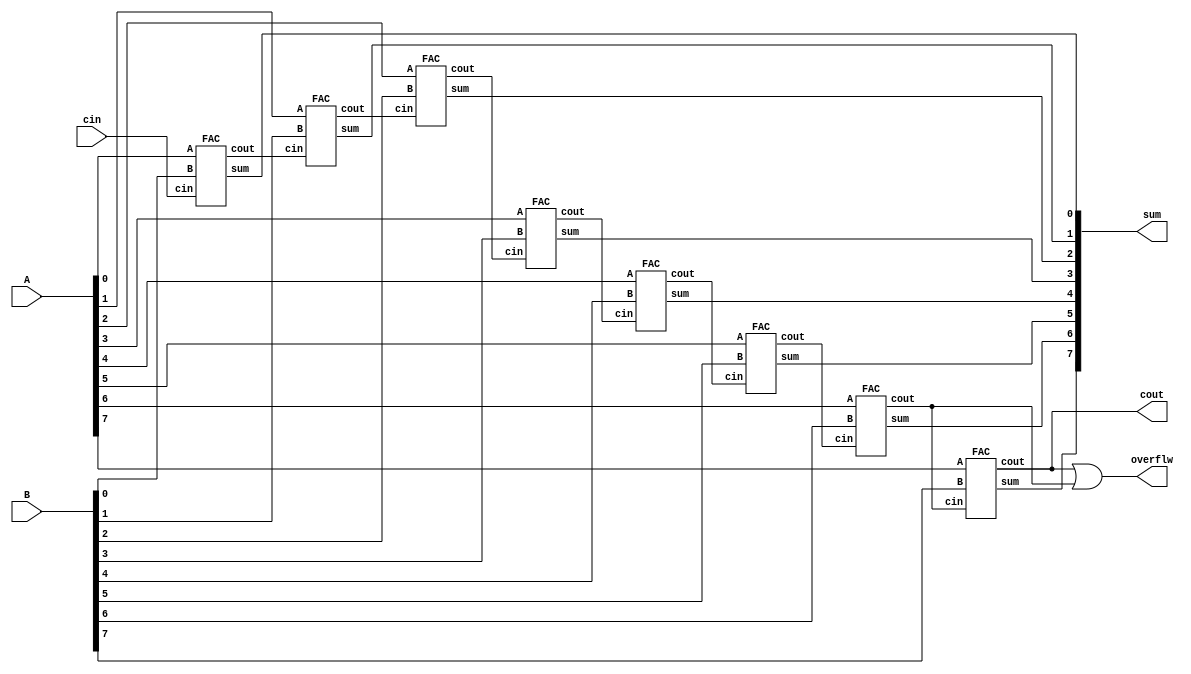
module RCA(
  input[7:0] A,
  input[7:0] B,
  input cin,
  output[7:0] sum,
  output cout,
  output overflw
);

wire [7:0] carry;

FAC FA0 (.A(A[0]), .B(B[0]), .cin(cin), .sum(sum[0]), .cout(carry[0]));
FAC FA1 (.A(A[1]), .B(B[1]), .cin(carry[0]), .sum(sum[1]), .cout(carry[1]));
FAC FA2 (.A(A[2]), .B(B[2]), .cin(carry[1]), .sum(sum[2]), .cout(carry[2]));
FAC FA3 (.A(A[3]), .B(B[3]), .cin(carry[2]), .sum(sum[3]), .cout(carry[3]));
FAC FA4 (.A(A[4]), .B(B[4]), .cin(carry[3]), .sum(sum[4]), .cout(carry[4]));
FAC FA5 (.A(A[5]), .B(B[5]), .cin(carry[4]), .sum(sum[5]), .cout(carry[5]));
FAC FA6 (.A(A[6]), .B(B[6]), .cin(carry[5]), .sum(sum[6]), .cout(carry[6]));
FAC FA7 (.A(A[7]), .B(B[7]), .cin(carry[6]), .sum(sum[7]), .cout(cout));
assign overflw=cout | carry[6];
endmodule

//==========================================================================

module FAC(
  input A,
  input B,
  input cin,
  output sum,
  output cout
);
assign sum = A ^ B ^ cin;
assign cout = (A & B) | (A & cin) | (B & cin);
endmodule

//==========================================================================

module RCA_Star(
  input[7:0] A,
  input[7:0] B,
  input cin,
  output[7:0] sum,
  output cout,
  output pi
);

wire[7:0] propagate;
wire[7:0] carry;

FAC_Star FAS0 (.A(A[0]), .B(B[0]), .cin(cin), .sum(sum[0]), .cout(carry[0]), .pi(propagate[0]));
FAC_Star FAS1 (.A(A[1]), .B(B[1]), .cin(carry[0]), .sum(sum[1]), .cout(carry[1]), .pi(propagate[1]));
FAC_Star FAS2 (.A(A[2]), .B(B[2]), .cin(carry[1]), .sum(sum[2]), .cout(carry[2]), .pi(propagate[2]));
FAC_Star FAS3 (.A(A[3]), .B(B[3]), .cin(carry[2]), .sum(sum[3]), .cout(carry[3]), .pi(propagate[3]));
FAC_Star FAS4 (.A(A[4]), .B(B[4]), .cin(carry[3]), .sum(sum[4]), .cout(carry[4]), .pi(propagate[4]));
FAC_Star FAS5 (.A(A[5]), .B(B[5]), .cin(carry[4]), .sum(sum[5]), .cout(carry[5]), .pi(propagate[5]));
FAC_Star FAS6 (.A(A[6]), .B(B[6]), .cin(carry[5]), .sum(sum[6]), .cout(carry[6]), .pi(propagate[6]));
FAC_Star FAS7 (.A(A[7]), .B(B[7]), .cin(carry[6]), .sum(sum[7]), .cout(cout), .pi(propagate[7]));

assign pi = propagate[0] & propagate[1] & propagate[2] & propagate[3] & propagate[4] & propagate[5] & propagate[6] & propagate[7];
endmodule

//==========================================================================

module FAC_Star(
  input A,
  input B,
  input cin,
  output sum,
  output cout,
  output pi
  );
  
  assign sum = A ^ B ^ cin;
  assign cout = (A & B) | (A & cin) | (B & cin);
  assign pi =A | B;
endmodule

//==========================================================================

module makeXor #(
    parameter WIDTH = 32 
)(
    input [WIDTH-1:0] a,
    input b,
    output [WIDTH-1:0] aXor
);

// Internal wire for the result of the XOR operation
wire [WIDTH-1:0] temp_aXor;
//assign aXor={WIDTH{1'd0}};

// Perform XOR operation between each bit of 'a' and 'b'
genvar i;
generate
    for (i = 0; i < WIDTH; i = i + 1) begin : XOR_loop
        assign temp_aXor[i] = a[i] ^ b;
    end
endgenerate

// Assign the result to the output
assign aXor = temp_aXor;
endmodule

//==========================================================================

module CSkA(
    //va trebui 1.x[32],y[32]-->sum[67](adunare)  2.x[33],y[33]-->sum[33](impartire)  3.x[34],y[34]-->sum[34](inmultire)
    input [31:0] 	X,
    input [31:0] 	Y,
    input [32:0] 	X2,
    input [32:0] 	Y2,
    input [33:0] 	X3,
    input [33:0] 	Y3, 
    input 	cin,
    output 	cout,
    output 	cout2,
    output 	cout3,
    output [66:0] sum,
    output [32:0] sum2,
  output [33:0] sum3,
  output suff
);
// Declaration of wires
wire [31:0] Y_xor_cin;
wire [32:0] Y2_xor_cin;
wire [33:0] Y3_xor_cin;
wire ovrflw;

makeXor #(.WIDTH(32)) xor1 (.a(Y), .b(cin), .aXor(Y_xor_cin));
makeXor #(.WIDTH(33)) xor2 (.a(Y2), .b(cin), .aXor(Y2_xor_cin));
makeXor #(.WIDTH(34)) xor3 (.a(Y3), .b(cin), .aXor(Y3_xor_cin));


//pt 32b
wire [2:0] carry;
wire Propagate1,Propagate2;

RCA RCA0(.A(X[7:0]), .B(Y_xor_cin[7:0]), .cin(cin), .sum(sum[7:0]), .cout(carry[0]), .overflw(overflw));
RCA_Star RCA1(.A(X[15:8]), .B(Y_xor_cin[15:8]), .cin(carry[0]), .sum(sum[15:8]), .cout(carry[1]), .pi(Propagate1));
RCA_Star RCA2(.A(X[23:16]), .B(Y_xor_cin[23:16]), .cin(carry[1]|(Propagate1&carry[0])), .sum(sum[23:16]), .cout(carry[2]), .pi(Propagate2));
RCA RCA3(.A(X[31:24]), .B(Y_xor_cin[31:24]), .cin(carry[2]|(Propagate2&carry[1])), .sum(sum[31:24]), .cout(cout), .overflw(overflw));

genvar i;
generate
    for (i = 32; i <67; i = i + 1) begin :loop
        assign sum[i]=sum[31];
    end
endgenerate



//pt 33b
wire [2:0] carry2;
wire Propagate21,Propagate22;
wire auxcout;

RCA RCA10(.A(X2[7:0]), .B(Y2_xor_cin[7:0]), .cin(cin), .sum(sum2[7:0]), .cout(carry2[0]), .overflw(overflw));
RCA_Star RCA11(.A(X2[15:8]), .B(Y2_xor_cin[15:8]), .cin(carry2[0]), .sum(sum2[15:8]), .cout(carry2[1]), .pi(Propagate21));
RCA_Star RCA12(.A(X2[23:16]), .B(Y2_xor_cin[23:16]), .cin(carry2[1]|(Propagate21 & carry2[0])), .sum(sum2[23:16]), .cout(carry2[2]), .pi(Propagate22));
RCA RCA13(.A(X2[31:24]), .B(Y2_xor_cin[31:24]), .cin(carry2[2]|(Propagate22 & carry2[1])), .sum(sum2[31:24]), .cout(auxcout), .overflw(overflw));
FAC FAC11(.A(X2[32]), .B(Y2_xor_cin[32]), .cin(auxcout), .sum(sum2[32]), .cout(cout2)); // Connect carry-out of RCA13 to cin of FAC11

//pt 34b
wire [2:0] carry3;
wire Propagate31,Propagate32;
wire auxcout1,auxcout2;

RCA RCA20(.A(X3[7:0]), .B(Y3_xor_cin[7:0]), .cin(cin), .sum(sum3[7:0]), .cout(carry3[0]), .overflw(overflw));
RCA_Star RCA21(.A(X3[15:8]), .B(Y3_xor_cin[15:8]), .cin(carry3[0]), .sum(sum3[15:8]), .cout(carry3[1]), .pi(Propagate31));
RCA_Star RCA22(.A(X3[23:16]), .B(Y3_xor_cin[23:16]), .cin(carry3[1]|(Propagate31 & carry3[0])), .sum(sum3[23:16]), .cout(carry3[2]), .pi(Propagate32));
RCA RCA23(.A(X3[31:24]), .B(Y3_xor_cin[31:24]), .cin(carry3[2]|(Propagate32 & carry3[1])), .sum(sum3[31:24]), .cout(auxcout1), .overflw(overflw));
FAC FAC21(.A(X3[32]), .B(Y3_xor_cin[32]), .cin(auxcout1), .sum(sum3[32]), .cout(auxcout2)); // Connect carry-out of RCA23 to cin of FAC21
FAC FAC22(.A(X3[33]), .B(Y3_xor_cin[33]), .cin(auxcout2), .sum(sum3[33]), .cout(cout3)); // Connect carry-out of FAC21 to cin of FAC2   

assign suff=1;
endmodule

  








module CSkA_tb;
  
  // Inputs
  reg [31:0] X,Y;
  reg [32:0] X2,Y2;
  reg [33:0] X3,Y3;
  reg cin;
  
  // Outputs
  wire cout,cout2,cout3;
  wire [66:0] sum;
  wire [32:0] sum2;
  wire [33:0] sum3;
  wire suff;
  // Instantiate the CSkA module
  CSkA CSkA_inst (.suff(suff),
    .X(X),
    .Y(Y),
    .X2(X2),
    .Y2(Y2),
    .X3(X3),
    .Y3(Y3),
    .cin(cin),
    .cout(cout),
    .cout2(cout2),
    .cout3(cout3),
    .sum(sum),
    .sum2(sum2),
    .sum3(sum3)
  );

  // Stimulus
  initial begin
    // Initialize inputs
   //$monitor("sum1 = %b, sum2 = %b,sum3 = %b", sum,sum2,sum3);
    X = 32'd578; // Example input value
    Y = 32'd678; // Example input value
    X2 = 33'd10; // Example input value
    Y2 = 33'd15; // Example input value
    X3 = 34'd10; // Example input value
    Y3 = 34'd15; // Example input value
    cin = 1'b1; // Example initial carry-in

    // Wait some time
    #10;

    // Print sum

    // End simulation
    $finish;
  end

endmodule